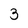
Character: 3